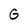
Character: G